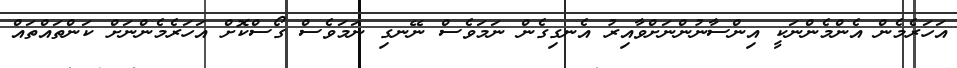
އަހަރެމެން އެންމެންނަކީ އިންސާނުންނަށްވާއިރު އެނގިގެން ނަމަވެސް ނޭނގި ނަމަވެސް ގޯސްކޮށް އަހަރެމެންނަށް ކަންތައްތައް